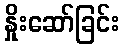
နှိုးဆော်ခြင်း